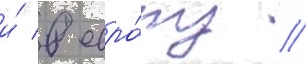
и́ в евро́пу //